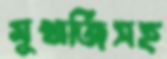
মুখার্জিসহ